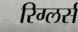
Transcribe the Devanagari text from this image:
रिग्लर्स